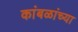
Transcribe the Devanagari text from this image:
कांबळांच्या